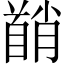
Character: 𬳘